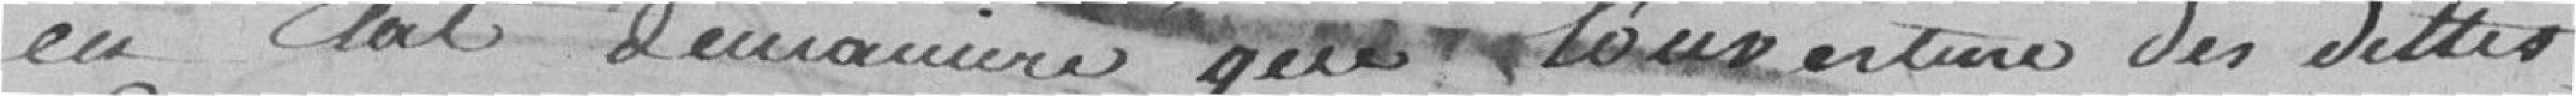
en état de manière que l'ouverture des dites